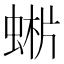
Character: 𧌨